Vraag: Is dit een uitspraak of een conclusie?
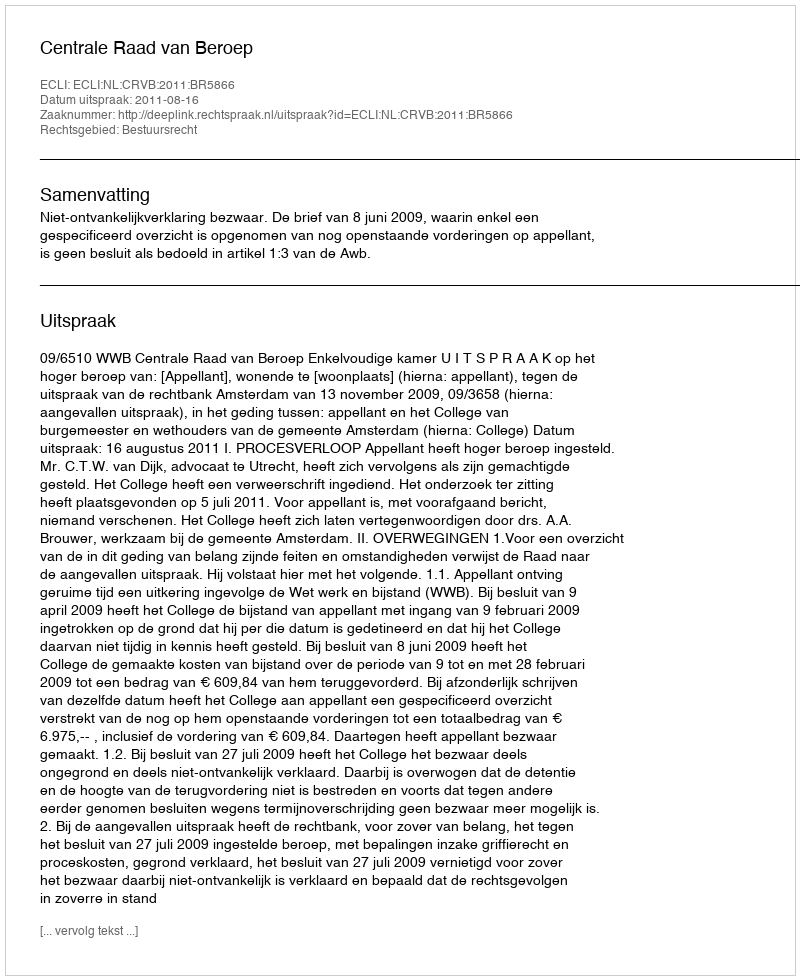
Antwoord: Uitspraak